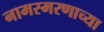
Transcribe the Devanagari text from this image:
नामस्मरणाच्या